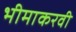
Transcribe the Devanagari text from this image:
भीमाकरवी